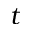
t